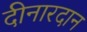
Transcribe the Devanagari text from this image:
दीनारदान